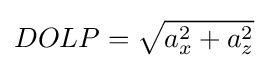
DOLP={\sqrt {a_{x}^{2}+a_{z}^{2}}}